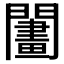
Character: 𨶬